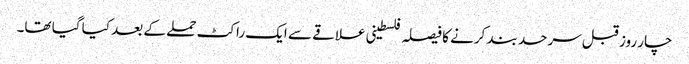
چار روز قبل سرحد بند کرنے کا فیصلہ فلسطینی علاقے سے ایک راکٹ حملے کے بعد کیا گیا تھا۔